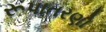
રૂપાતરણો